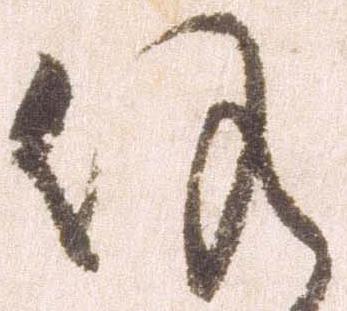
候